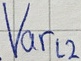
Text: Varl2